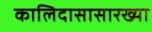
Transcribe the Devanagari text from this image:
कालिदासासारख्या